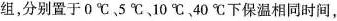
组，分别置于0℃。5℃10℃40℃下保温相同时间，